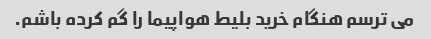
می ترسم هنگام خرید بلیط هواپیما را گم کرده باشم.